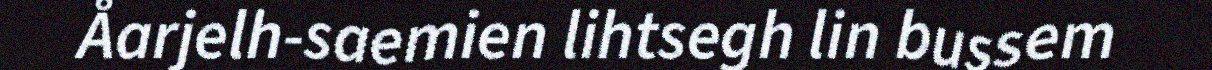
Åarjelh-saemien lihtsegh lin bussem